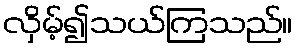
လှိမ့်၍သယ်ကြသည်။